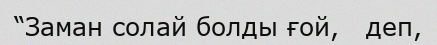
“Заман солай болды ғой,   деп,